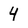
Character: 4